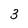
Character: 3